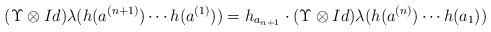
LaTeX: \begin{align*}(\Upsilon\otimes Id)\lambda(h(a^{(n+1)})\cdots h(a^{(1)}))=h_{a_{n+1}} \cdot(\Upsilon\otimes Id)\lambda(h(a^{(n)})\cdots h(a_1))\end{align*}